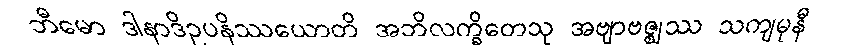
ဘီမော ဒါနာဒိဥပနိဿယောတိ အဘိလက္ခိတေသု အဗျာဗဇ္ဈဿ သကျမုနီ